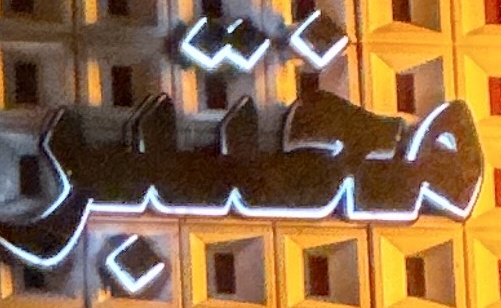
مختبر